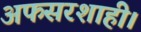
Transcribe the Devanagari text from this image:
अफसरशाही।